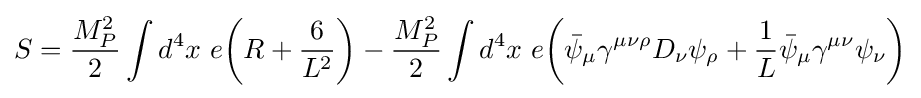
S={\frac {M_{P}^{2}}{2}}\int d^{4}x\ e{\bigg (}R+{\frac {6}{L^{2}}}{\bigg )}-{\frac {M_{P}^{2}}{2}}\int d^{4}x\ e{\bigg (}{\bar {\psi }}_{\mu }\gamma ^{\mu \nu \rho }D_{\nu }\psi _{\rho }+{\frac {1}{L}}{\bar {\psi }}_{\mu }\gamma ^{\mu \nu }\psi _{\nu }{\bigg )}